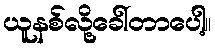
ယူနစ်လို့ခေါ်တာပေါ့။